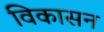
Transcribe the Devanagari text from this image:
विकासन